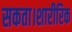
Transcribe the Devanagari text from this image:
सकता।शारीरिक